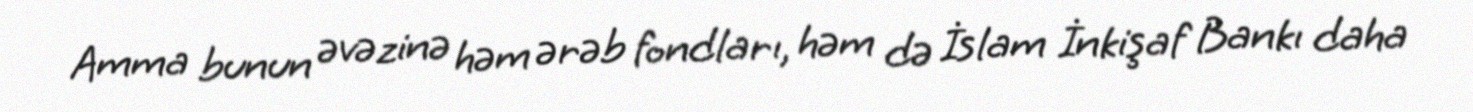
Amma bunun əvəzinə həm ərəb fondları, həm də İslam İnkişaf Bankı daha